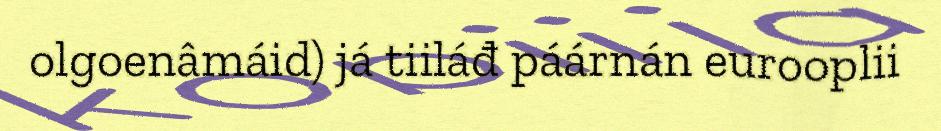
olgoenâmáid) já tiiláđ páárnán eurooplii